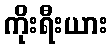
ကိုးရီးယား